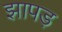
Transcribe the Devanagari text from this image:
झापड़